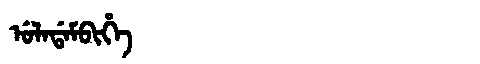
Manchu: ᡠᠯᠠᡩᠠᠮᠪᡳᡥᡝ
Romanization: ULADAMBIHE